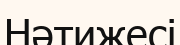
Нәтижесі